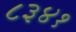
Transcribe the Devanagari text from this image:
८३४१